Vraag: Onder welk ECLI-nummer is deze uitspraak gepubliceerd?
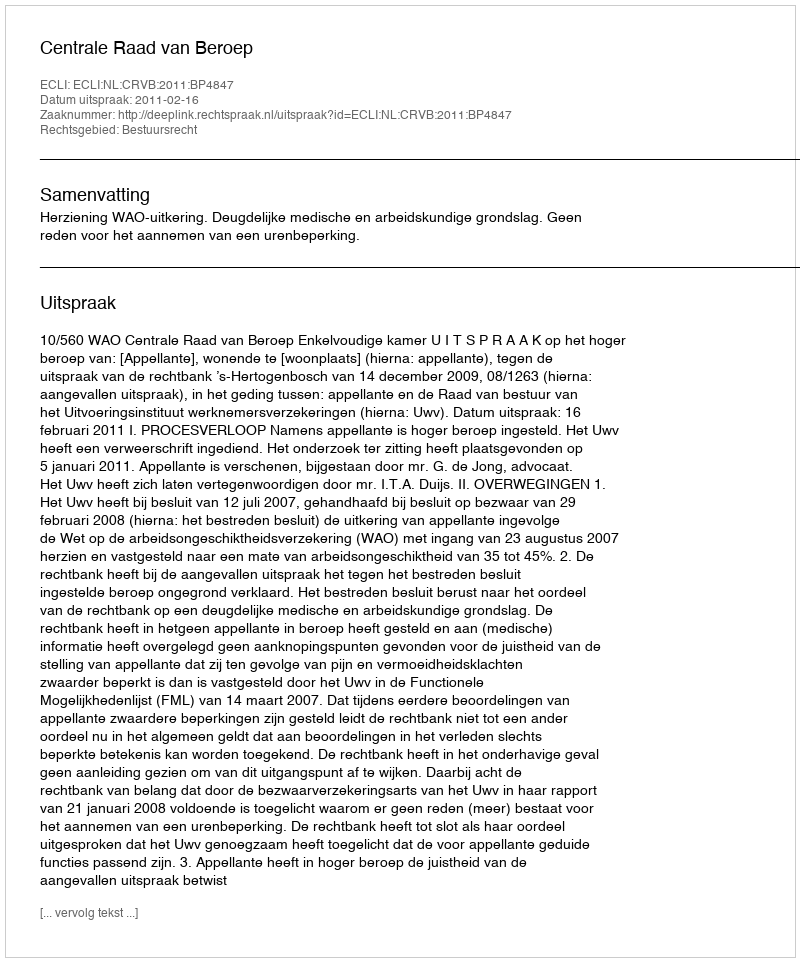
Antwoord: ECLI:NL:CRVB:2011:BP4847